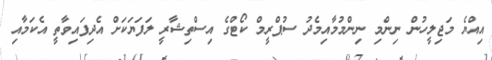
އިއްޔެ މަޖިލީހުން ނިންމި ނިންމުމާއިމެދު ސުޕްރީމް ކޯޓްގެ އިސްތިޝާރީ ލަފަޔަކަށް އެދިފައިވާތީ އެކަމާއި